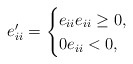
\begin{align*}e_{ii}' = \begin{cases} e_{ii} e_{ii} \ge 0,\\ 0 e_{ii} < 0,\\ \end{cases}\end{align*}